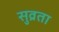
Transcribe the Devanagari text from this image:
सुव्रता